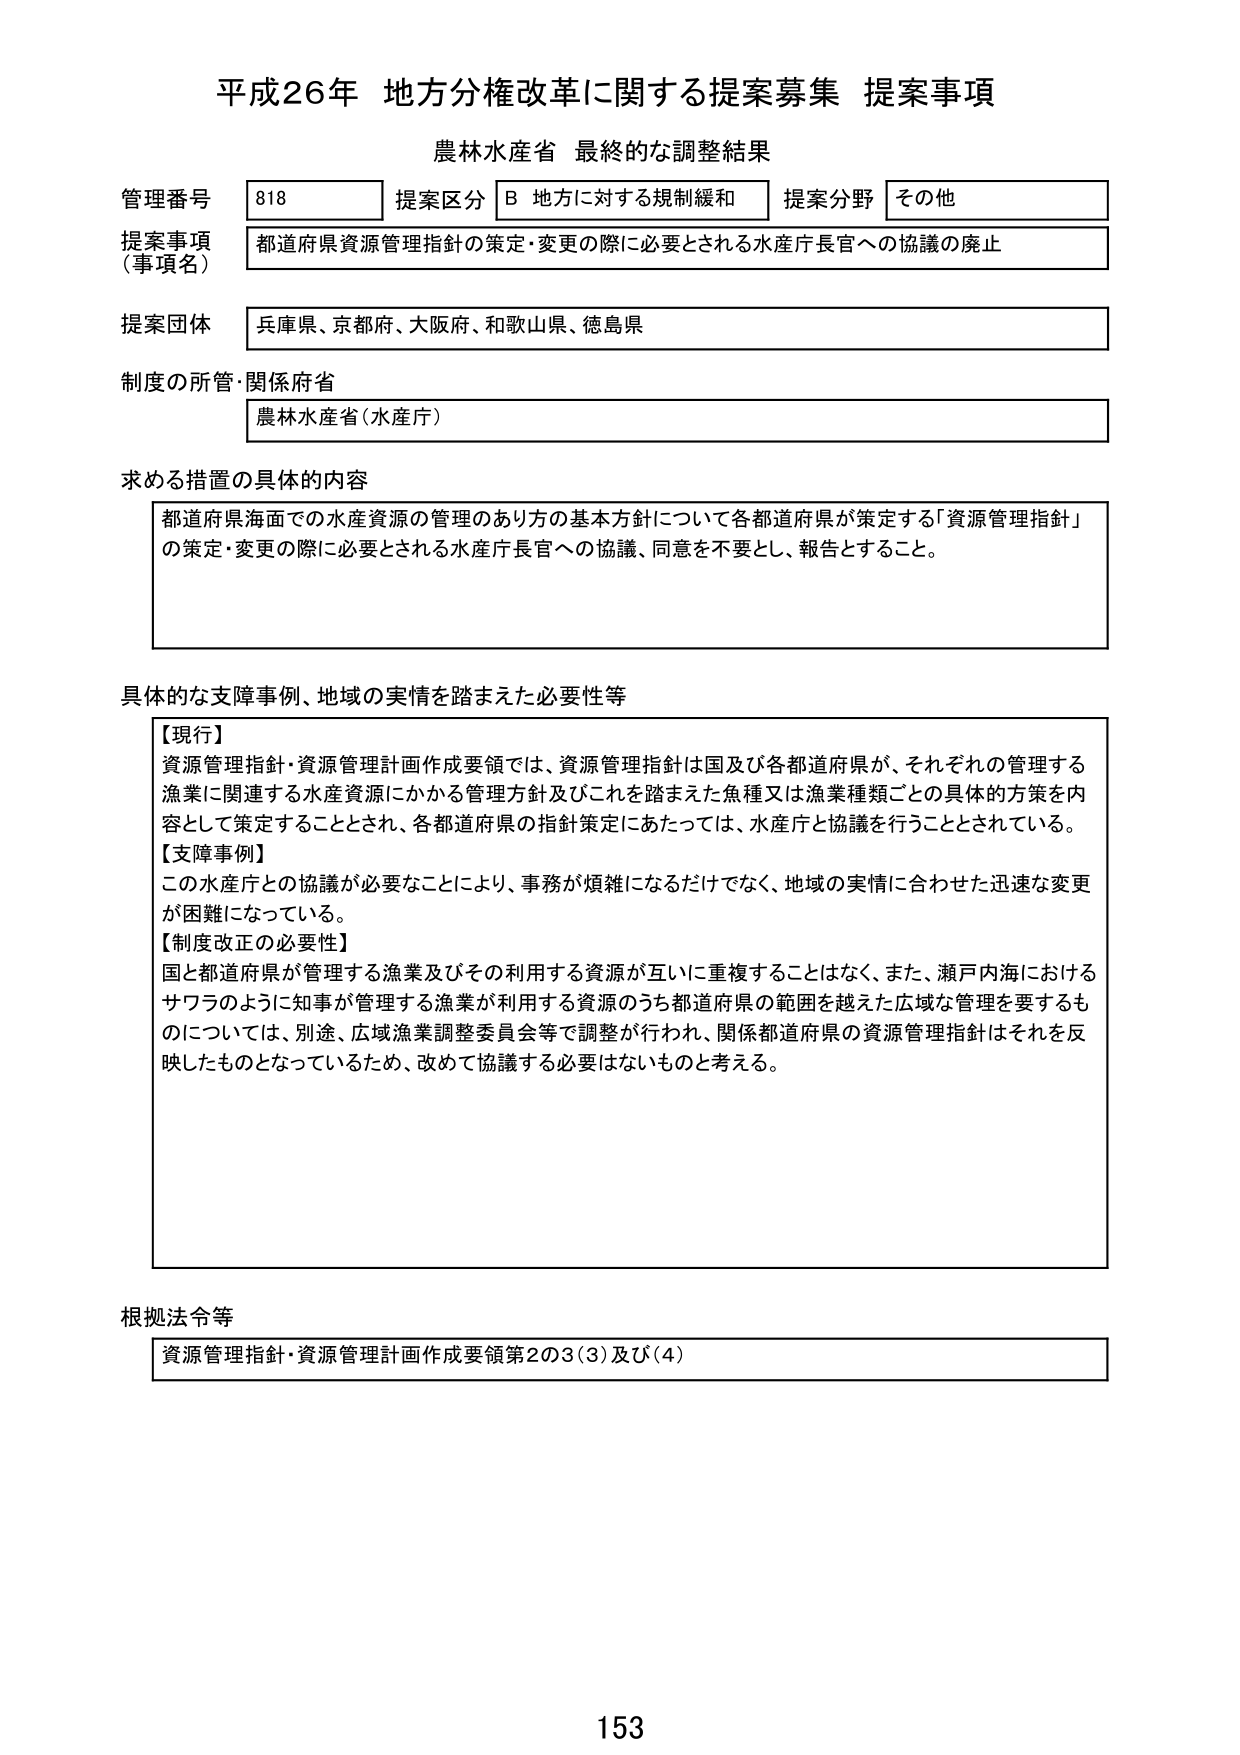
平成26年 地方分権改革に関する提案募集 提案事項
農林水産省 最終的な調整結果

管理番号 818 提案区分 B 地方に対する規制緩和 提案分野 その他
提案事項（事項名） 都道府県資源管理指針の策定・変更の際に必要とされる水産庁長官への協議の廃止
提案団体 兵庫県、京都府、大阪府、和歌山県、徳島県
制度の所管・関係府省 農林水産省（水産庁）

求める措置の具体的内容
都道府県海面での水産資源の管理のあり方の基本方針について各都道府県が策定する「資源管理指針」の策定・変更の際に必要とされる水産庁長官への協議、同意を不要とし、報告とすること。

具体的な支障事例、地域の実情を踏まえた必要性等
【現行】
資源管理指針・資源管理計画作成要領では、資源管理指針は国及び各都道府県が、それぞれの管理する漁業に関連する水産資源にかかる管理方針及びこれを踏まえた魚種又は漁業種類ごとの具体的方策を内容として策定することとされ、各都道府県の指針策定にあたっては、水産庁と協議を行うこととされている。
【支障事例】
この水産庁との協議が必要なことにより、事務が煩雑になるだけでなく、地域の実情に合わせた迅速な変更が困難になっている。
【制度改正の必要性】
国と都道府県が管理する漁業及びその利用する資源が互いに重複することはなく、また、瀬戸内海におけるサワラのように知事が管理する漁業が利用する資源のうち都道府県の範囲を越えた広域な管理を要するものについては、別途、広域漁業調整委員会等で調整が行われ、関係都道府県の資源管理指針はそれを反映したものとなっているため、改めて協議する必要はないものと考える。

根拠法令等
資源管理指針・資源管理計画作成要領第2の3(3)及び(4)

153